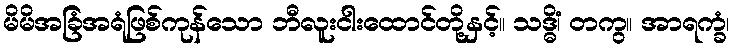
မိမိအခြံအရံဖြစ်ကုန်သော ဘီလူးငါးထောင်တို့နှင့်။ သဒ္ဓိံ၊ တကွ။ အာရက္ခံ၊